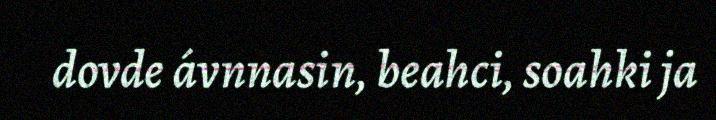
dovde ávnnasin, beahci, soahki ja